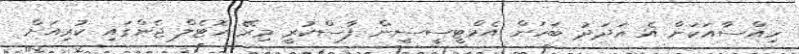
ހިއްސާއަކަށް އެ އަދަދު ބަހަން އެމްޓީސީސީން ފާސްކުރީ މިރޭ ހޮޓެލް ޖެންގައި ކުރިއަށް